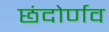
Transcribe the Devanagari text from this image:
छंदोर्णव